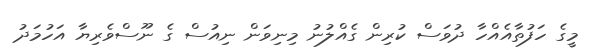
މީގެ ހަފުތާއެއްހާ ދުވަސް ކުރިން ގެއްލުނު މިނިވަން ނިއުސް ގެ ނޫސްވެރިޔާ އަހުމަދު